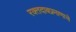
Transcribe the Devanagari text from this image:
रक्तदाबप्रमाणाचे